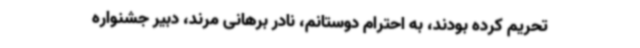
تحریم کرده بودند، به احترام دوستانم، نادر برهانی مرند، دبیر جشنواره